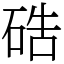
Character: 硞